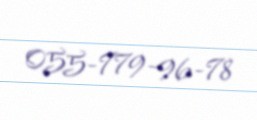
055-779-96-78